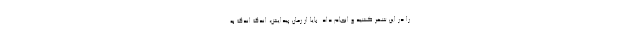
را در این شهر کشید و انجام داد. بایا از زمان پیدایش، اندک اندک به